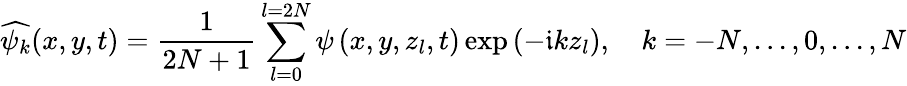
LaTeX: \widehat{\psi_{k}}(x,y,t)=\frac{1}{2N+1}\sum_{l=0}^{l=2N}\psi\left(x,y,z_{l},t\right)\exp\left(-\mathfrak{i}kz_{l}\right),\quad k=-N,...,0,...,N